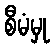
စီမံမှု